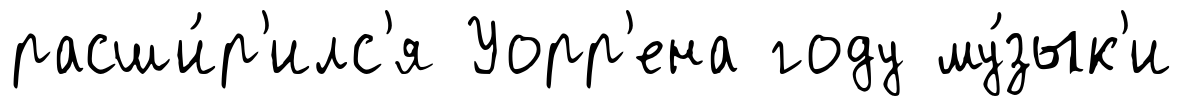
расши́р'илс'я Уорр'ена году му́зык'и